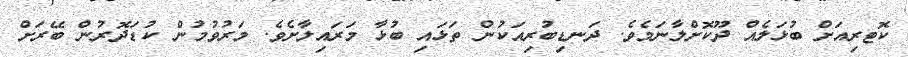
ކޮޓރިއަށް ބުޅަލެއް ދޫކޮށްލާނަމެވެ. ދަނޑިބުރިއަކުން ތަޅައި ބުޅާ މަރައިލާށެވެ. މަރުވުމުން ކުޑަދޮރުން ބޭރަށް